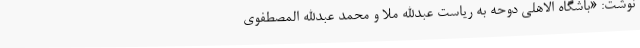
نوشت: «باشگاه الاهلی دوحه به ریاست عبدالله ملا و محمد عبدالله المصطفوی